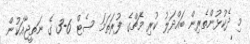
މި ދެކުޅުންތެރިން ބައްދަލު ކުރި މެޗްގެ ފުރަތަމަ ސެޓް 6-3 ގެ ނަތީޖާއަކުން